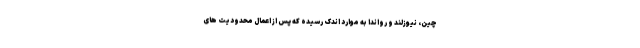
چین، نیوزلند و رواندا به موارد اندک رسیده که پس از اعمال محدودیت های